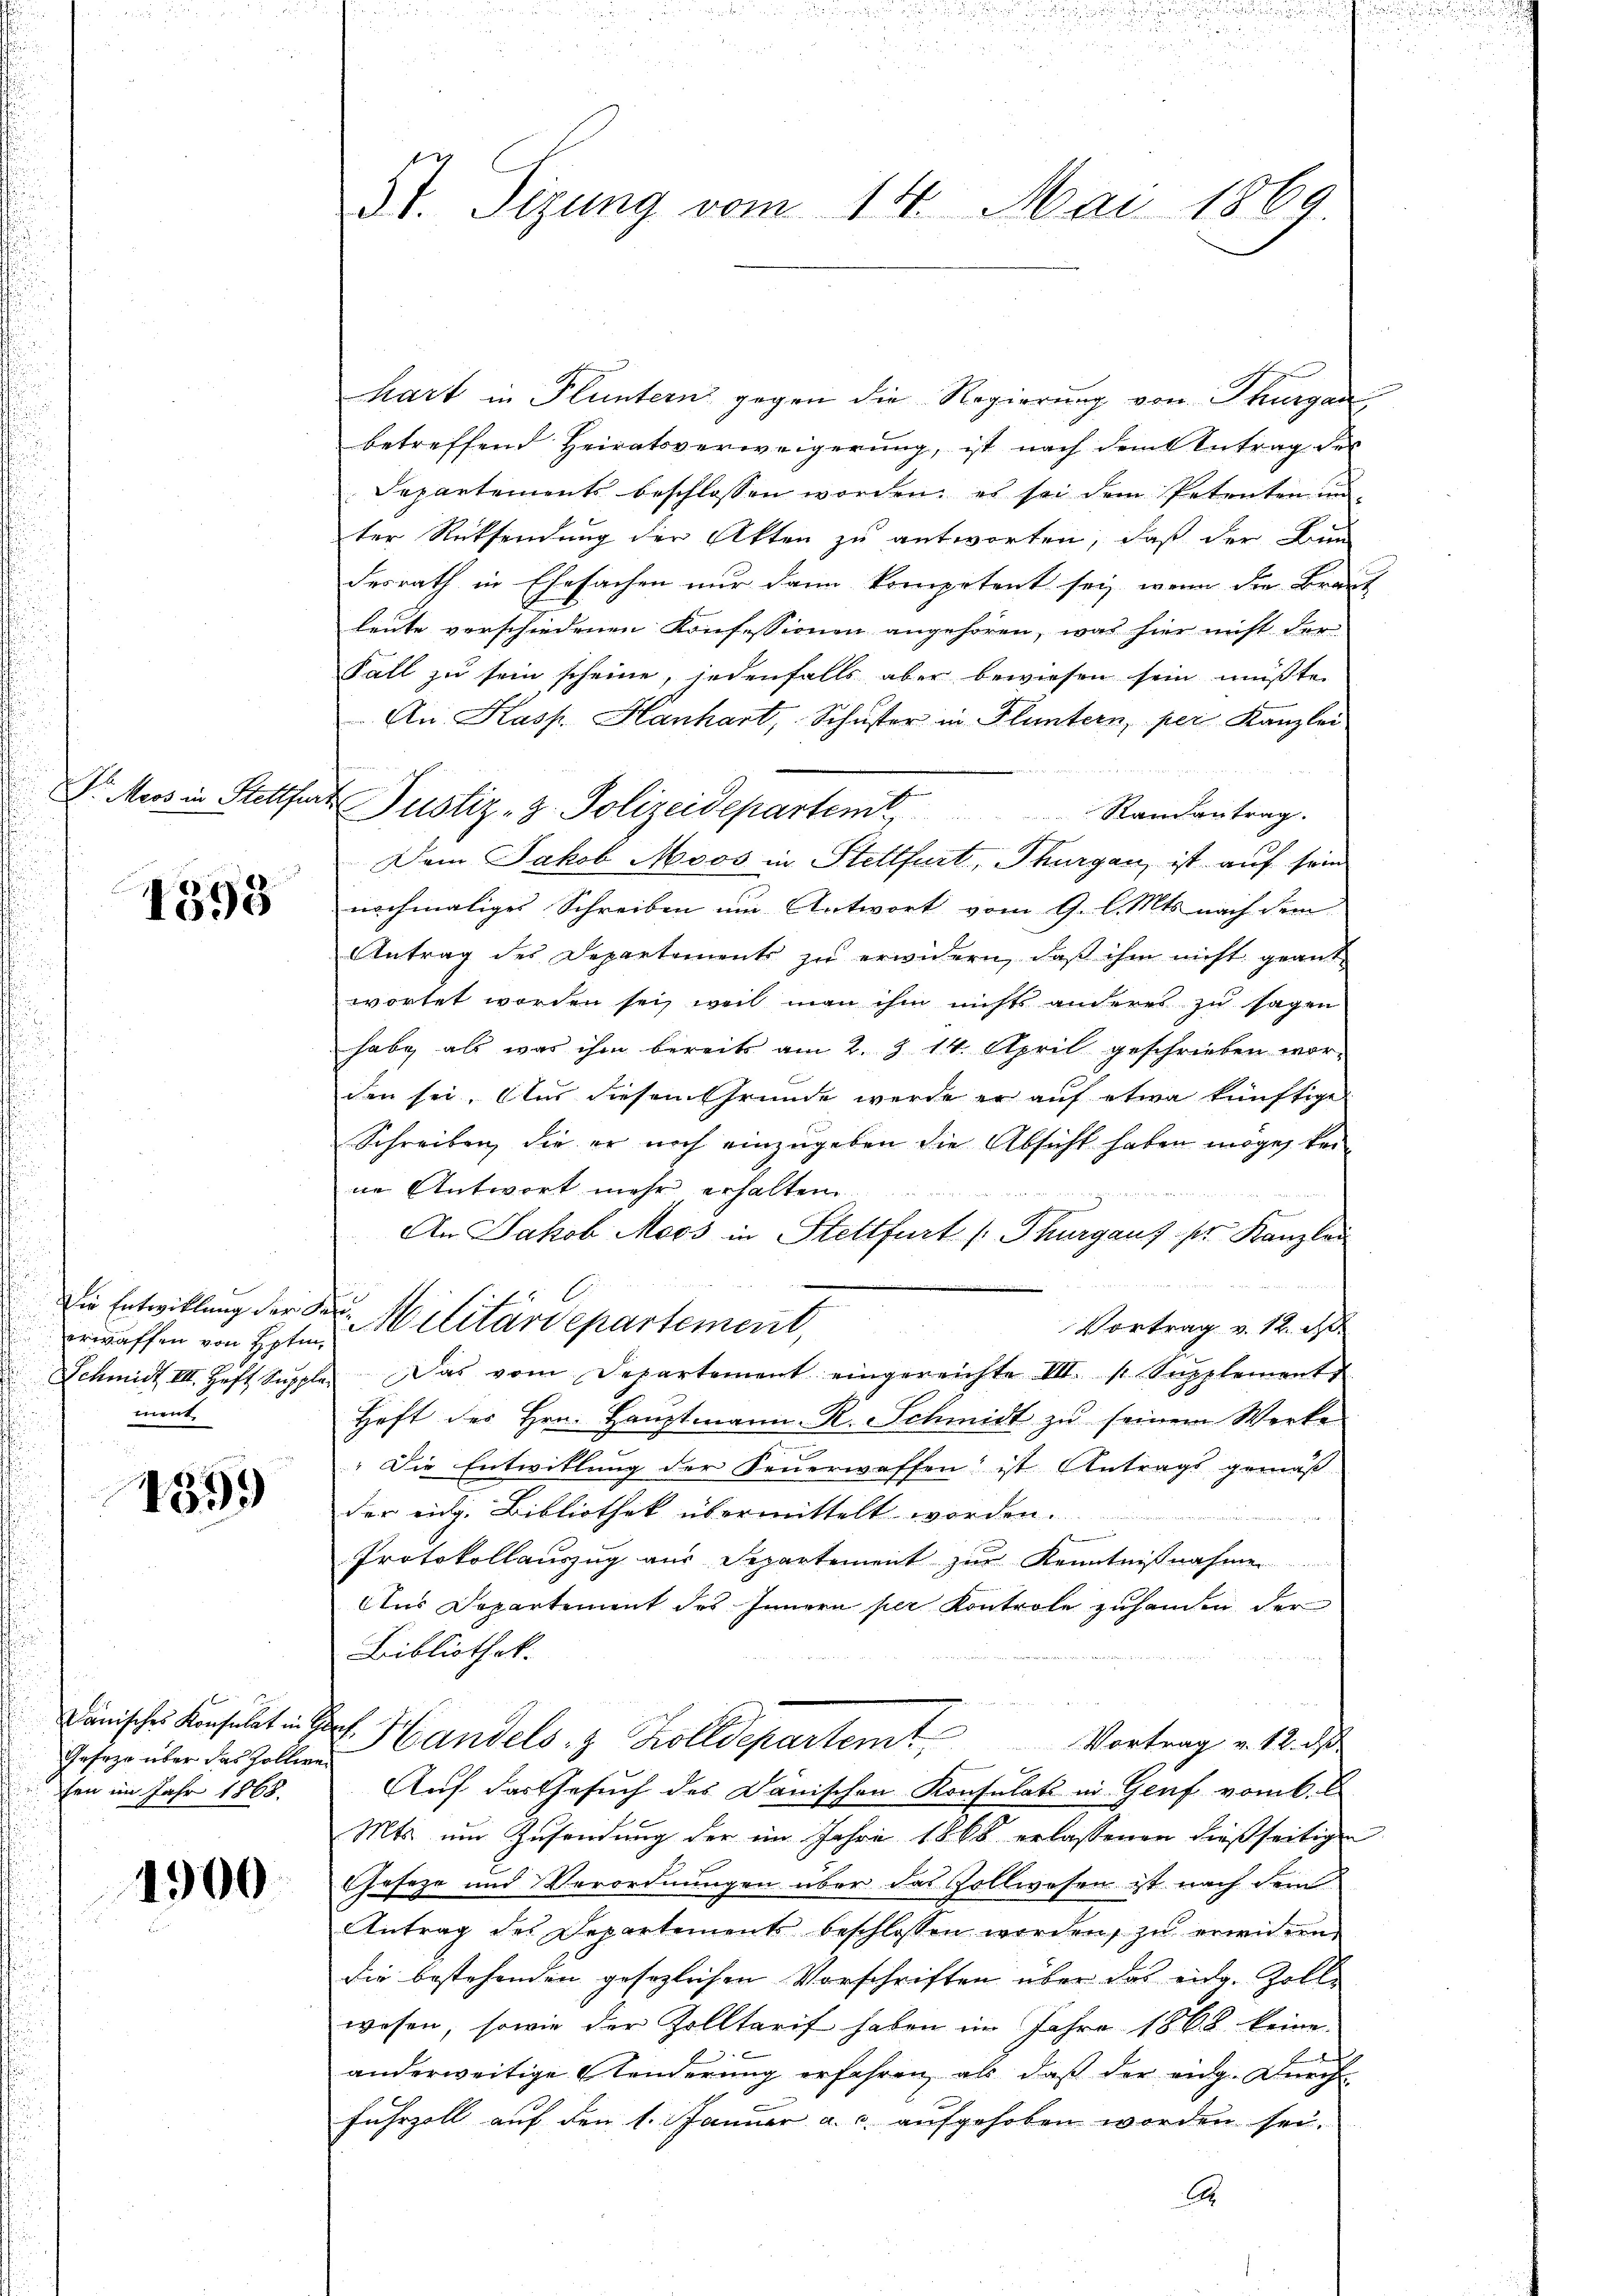
1393

erwaffen von Eptin,
ment

4399

Geseze über das Zolliren
hen im Jahr 1868.

1900

St. Sizung vom 14. Mai 1869

hart in Fluntern gegen die Regierung von Thurgau,
betreffend Heiratsverweigerung, ist nach dem Antrag des
Departements beschlossen worden; es sei dem Petenten un
ter Rücksendung der Akten zu antworten, daß der Bun
desrath in Ehesachen nur dann kompetent sey, wenn die Braut
leute vorschiedenen Konfessionen angehören, was hier nicht der
Fall zu sein scheine, jedenfalls aber bewiesen sein müßte,
An. Kasp. Hanhart, Schuster in Fluntern, per Kanzlei
Dr. Moos in Stettfert Justiz- & Polizeidepartem Randantrag.
Dem Jakob Moos in Stettfurt, Thurgau, ist auf sein
nochmaliges Schreiben um Antwort vom 9. l. Mts. nach dem
Antrag des Departements zu erwidern, daß ihm nicht geantwortet worden sei, weil man ihm nichts anderes zu sagen
habe als was ihm bereits am 2. § 14. April geschrieben worden sei. Aus diesem Grunde werde er auf etwa künftige
Schreiben, die er noch einzugeben die Absicht haben möge, keine Antwort mehr erhalten

ot an den in die ich nach den durch wieder
An Jakob Moos in Stettfurt (Thurgaus der Kanzlei
Die Entwicklung der der Militärdepartement,
Vortrag v. 12. A
Schmidt III. Heft Supple. Das vom Departement eingereichte III. p. Supplements
Heft des Hrn. Hauptmann. R. Schmidt zu seinem Werke
"Die Entwitlung der Feuerwaffen ist Antrags gemäß
der eidg. Bibliothek übermittelt worden.

Protokollauszug aus Separtement zur Kenntnißnahme
Ans Departement des Innern per Kontrole zuhanden der
Bibliothek.
Dänische Konsulat in Prof. Handels- & Zolldepartemt
Vortrag v. 12. ds
Auf das Gesuch des Dänischen Konsulat in Genf vom 6.
Mts um Zusendung der im Jahre 1868 erlassenen dießseitigen
Cheseze und Verordnungen über das Zollwesen ist nach dem
Antrag des Departement beschlossen werden, zu erwicken
die bestehenden gesezlichen Vorschriften über das eidg. Zolle
wesen, sowie der Zolltarif haben im Jahre 1868 keine
anderweitige Aenderung erfahren, als daß der eidg. Durch
Fuhrzoll auf den 1. Januar a. c. aufgehoben worden sei.
A